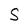
Character: S